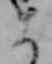
ま